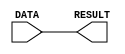
/*********************************/
/* CO224 - Computer Architecture */
/* Lab 05 - Part 1				 */
/* FORWARD Sub-Module			 */
/* Group - 20					 */
/*********************************/


//The FORWARD functional unit simply forwards the DATA input to the RESULT output
//Contains a delay of 1 time unit
module FORWARD(DATA, RESULT);

	//Input port declaration
	input [7:0] DATA;
	
	//Output port declaration
	output [7:0] RESULT;
	
	//Assigns the value of DATA to RESULT after a delay of 1 time unit
	assign #1 RESULT = DATA;

endmodule